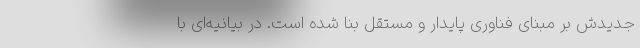
جدیدش بر مبنای فناوری پایدار و مستقل بنا شده است. در بیانیه‌ای با